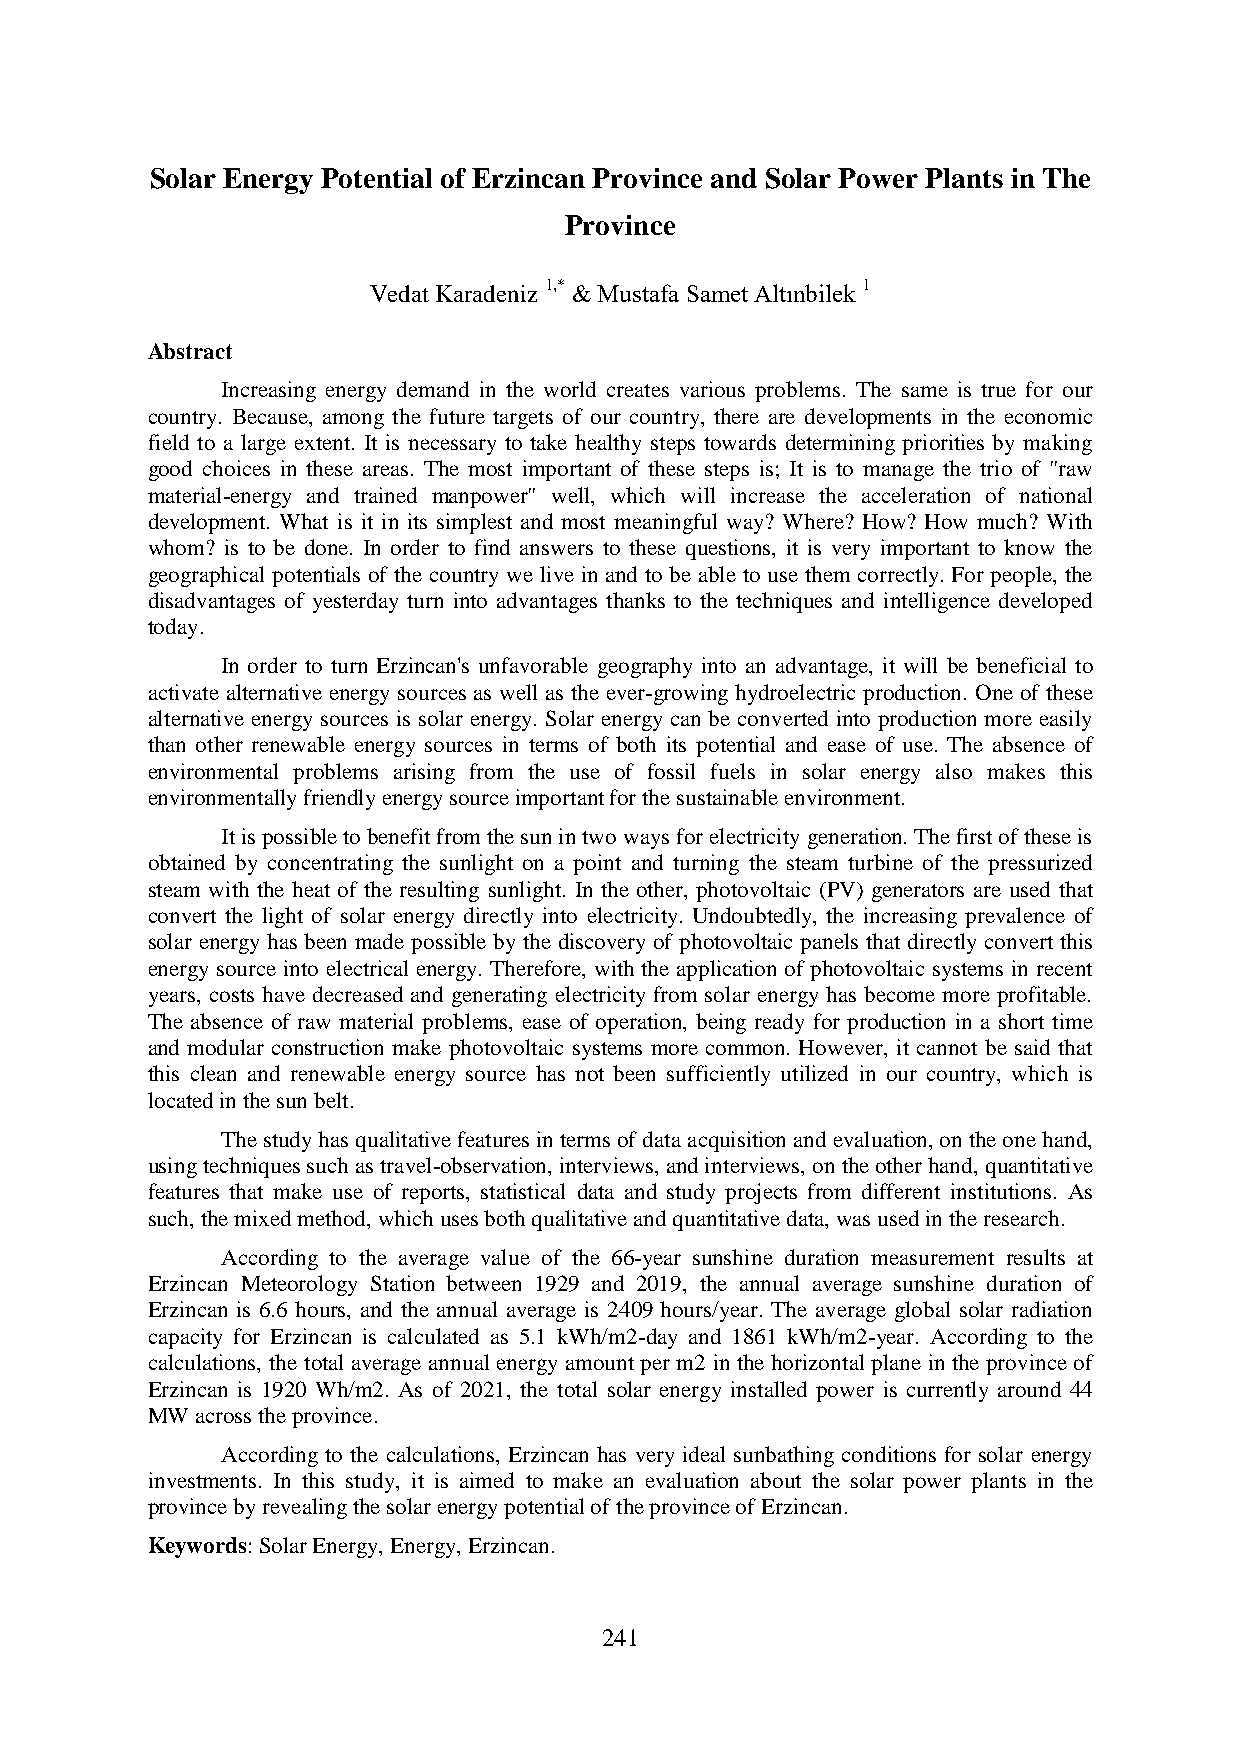
Solar Energy Potential of Erzincan Province and Solar Power Plants in The
 Province
 Vedat Karadeniz 1,* & Mustafa Samet Altınbilek 1
 Abstract
 Increasing energy demand in the world creates various problems. The same is true for our
 country. Because, among the future targets of our country, there are developments in the economic
 field to a large extent. It is necessary to take healthy steps towards determining priorities by making
 good choices in these areas. The most important of these steps is; It is to manage the trio of "raw
 material-energy and trained manpower" well, which will increase the acceleration of national
 development. What is it in its simplest and most meaningful way? Where? How? How much? With
 whom? is to be done. In order to find answers to these questions, it is very important to know the
 geographical potentials of the country we live in and to be able to use them correctly. For people, the
 disadvantages of yesterday turn into advantages thanks to the techniques and intelligence developed
 today.
 In order to turn Erzincan's unfavorable geography into an advantage, it will be beneficial to
 activate alternative energy sources as well as the ever-growing hydroelectric production. One of these
 alternative energy sources is solar energy. Solar energy can be converted into production more easily
 than other renewable energy sources in terms of both its potential and ease of use. The absence of
 environmental problems arising from the use of fossil fuels in solar energy also makes this
 environmentally friendly energy source important for the sustainable environment.
 It is possible to benefit from the sun in two ways for electricity generation. The first of these is
 obtained by concentrating the sunlight on a point and turning the steam turbine of the pressurized
 steam with the heat of the resulting sunlight. In the other, photovoltaic (PV) generators are used that
 convert the light of solar energy directly into electricity. Undoubtedly, the increasing prevalence of
 solar energy has been made possible by the discovery of photovoltaic panels that directly convert this
 energy source into electrical energy. Therefore, with the application of photovoltaic systems in recent
 years, costs have decreased and generating electricity from solar energy has become more profitable.
 The absence of raw material problems, ease of operation, being ready for production in a short time
 and modular construction make photovoltaic systems more common. However, it cannot be said that
 this clean and renewable energy source has not been sufficiently utilized in our country, which is
 located in the sun belt.
 The study has qualitative features in terms of data acquisition and evaluation, on the one hand,
 using techniques such as travel-observation, interviews, and interviews, on the other hand, quantitative
 features that make use of reports, statistical data and study projects from different institutions. As
 such, the mixed method, which uses both qualitative and quantitative data, was used in the research.
 According to the average value of the 66-year sunshine duration measurement results at
 Erzincan Meteorology Station between 1929 and 2019, the annual average sunshine duration of
 Erzincan is 6.6 hours, and the annual average is 2409 hours/year. The average global solar radiation
 capacity for Erzincan is calculated as 5.1 kWh/m2-day and 1861 kWh/m2-year. According to the
 calculations, the total average annual energy amount per m2 in the horizontal plane in the province of
 Erzincan is 1920 Wh/m2. As of 2021, the total solar energy installed power is currently around 44
 MW across the province.
 According to the calculations, Erzincan has very ideal sunbathing conditions for solar energy
 investments. In this study, it is aimed to make an evaluation about the solar power plants in the
 province by revealing the solar energy potential of the province of Erzincan.
 Keywords: Solar Energy, Energy, Erzincan.
 241